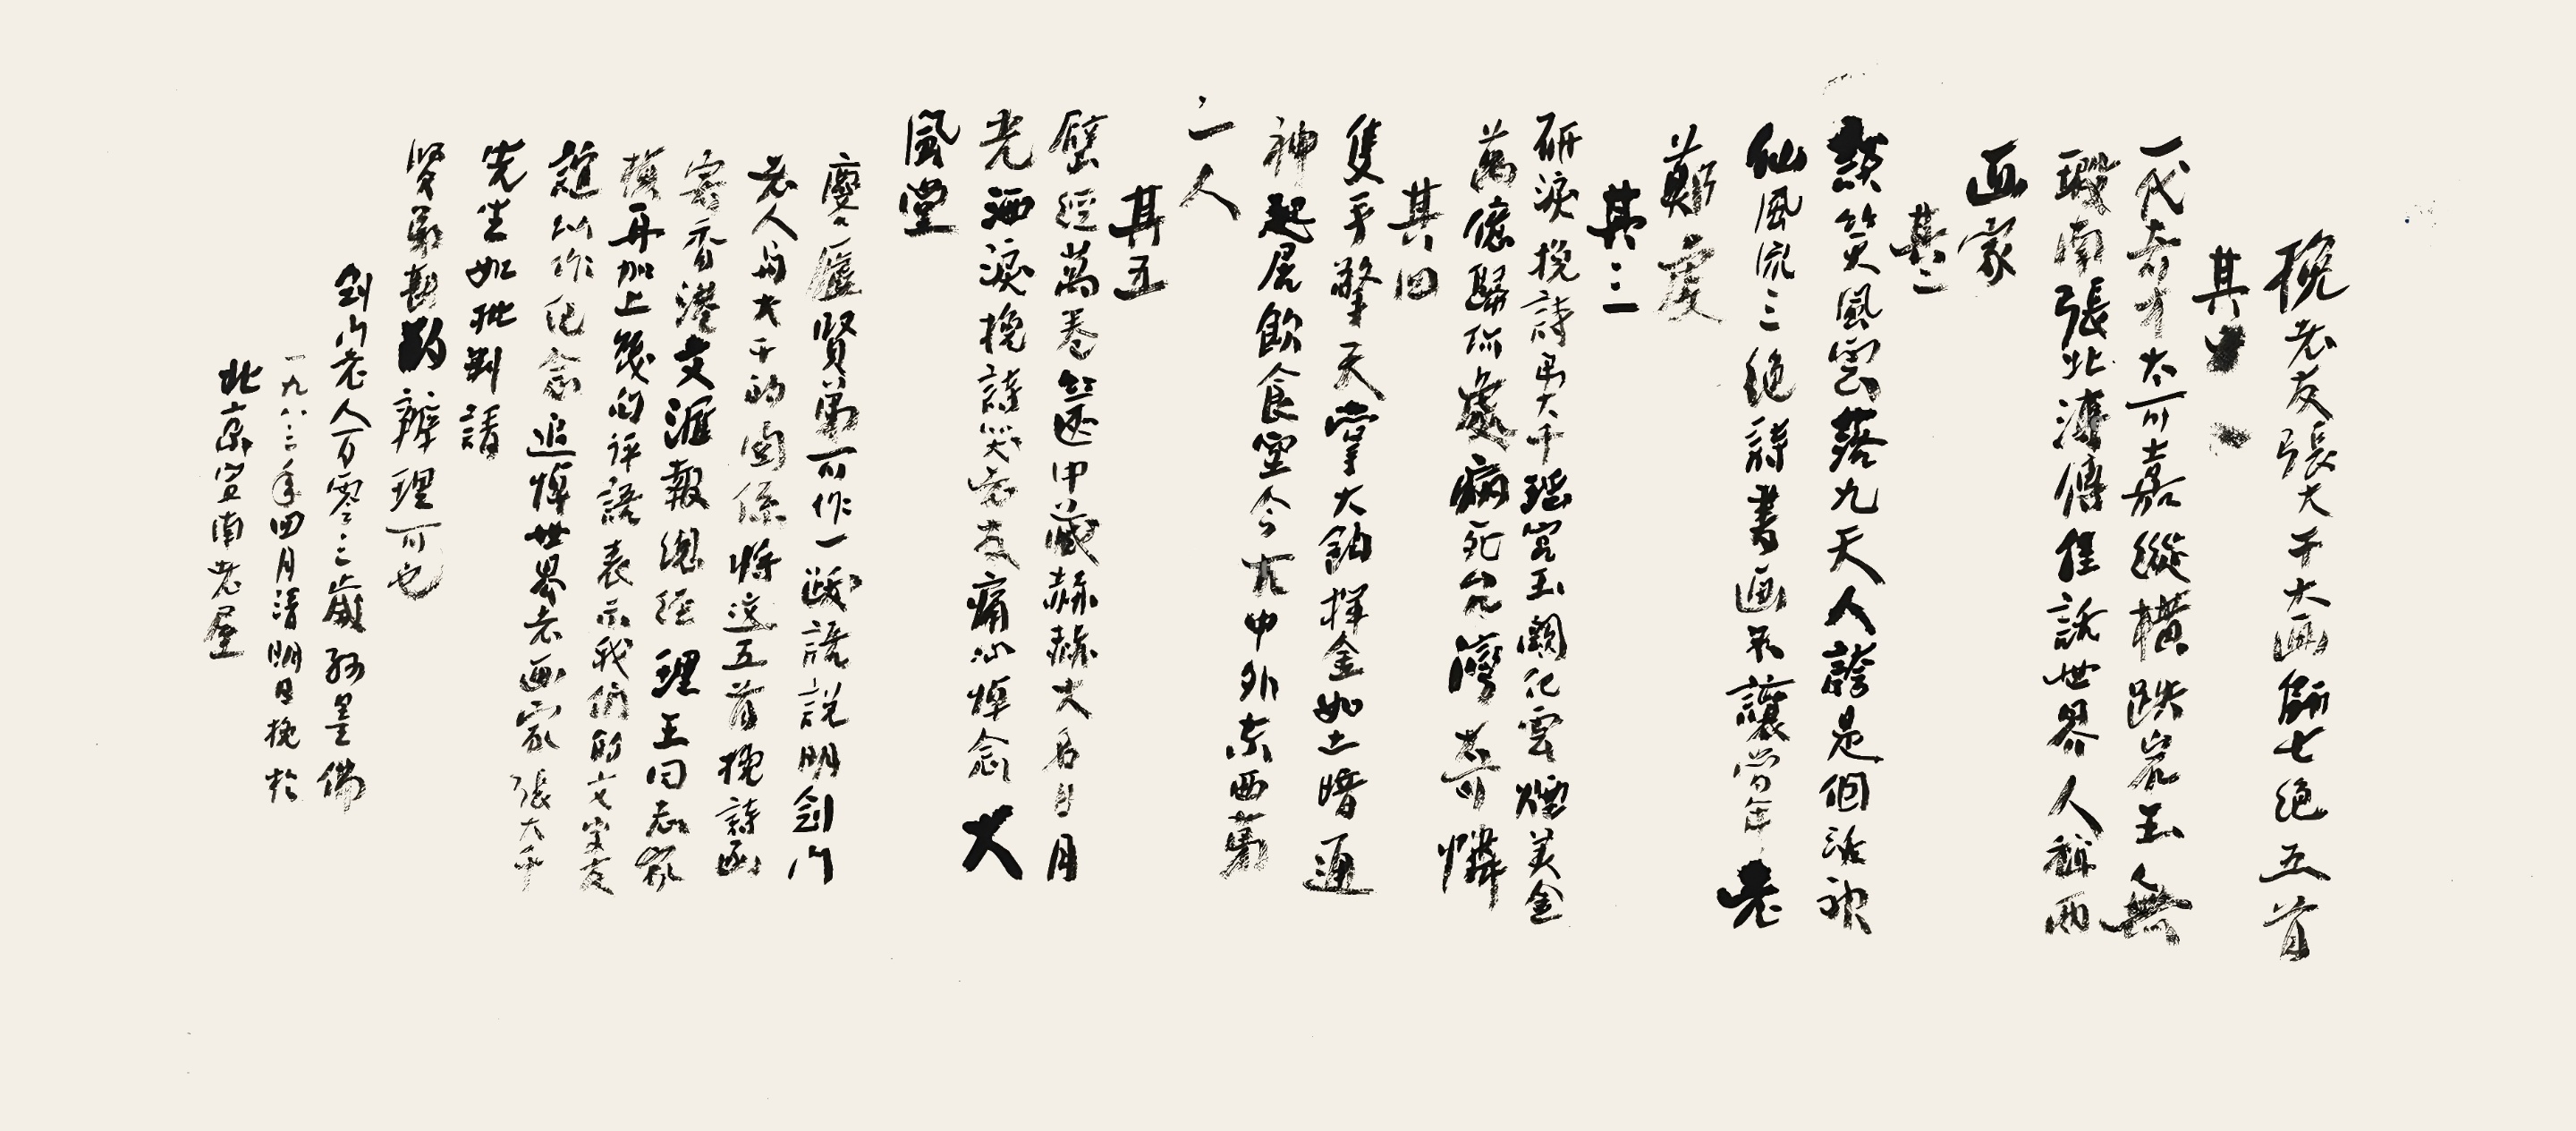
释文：挽老友张大千大画师七绝五首，其一，一代奇才太可嘉，纵横跌岩玉无瑕。南张北溥传佳话，世界人称两画家。其二，谈笑风云落九天，人夸是个活神仙。风流三绝诗书画，不让当年老郑虔。其三，研泪挽诗吊大千，瑶宫玉阙化云烟。美金万亿归你处，病死台湾太可怜。其四，只手擎天掌大钧，挥金如土暗通神。起居饮食望今古，中外东西第一人。其五，壁经万卷箧中藏，赫赫大名日月光。洒泪挽诗哭老友，痛心悼念大风堂。麟庐贤弟可作一跋语，说明剑门老人与大千的关系，将这五首挽诗函寄香港文汇报总经理王同志家祯，再加上几句评语，表示我们的文字友谊以作纪念，追悼世界老画家张大千先生如批判，请贤弟戡酌办理可以。剑门老人百零三岁孙墨佛，一九八三年四月清明日挽于北京宣南老屋。